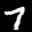
Label: 7